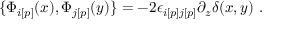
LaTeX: \{ { \Phi } _ { i [ p ] } ( x ) , { \Phi } _ { j [ p ] } ( y ) \} = - 2 { \epsilon } _ { i [ p ] j [ p ] } \partial _ { z } { \delta } ( x , y ) \ .